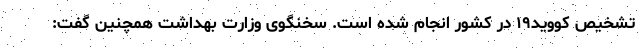
تشخیص کووید۱۹ در کشور انجام شده است. سخنگوی وزارت بهداشت همچنین گفت: